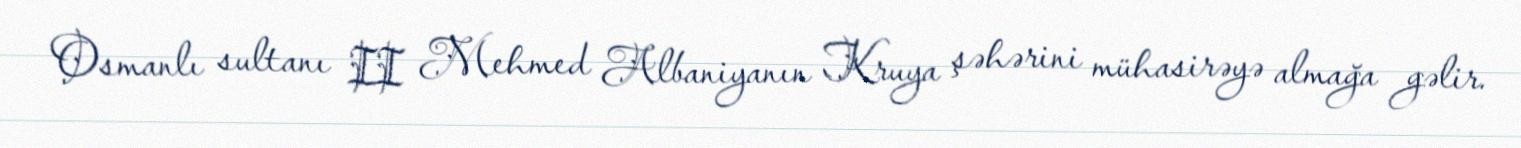
Osmanlı sultanı II Mehmed Albaniyanın Kruya şəhərini mühasirəyə almağa gəlir.